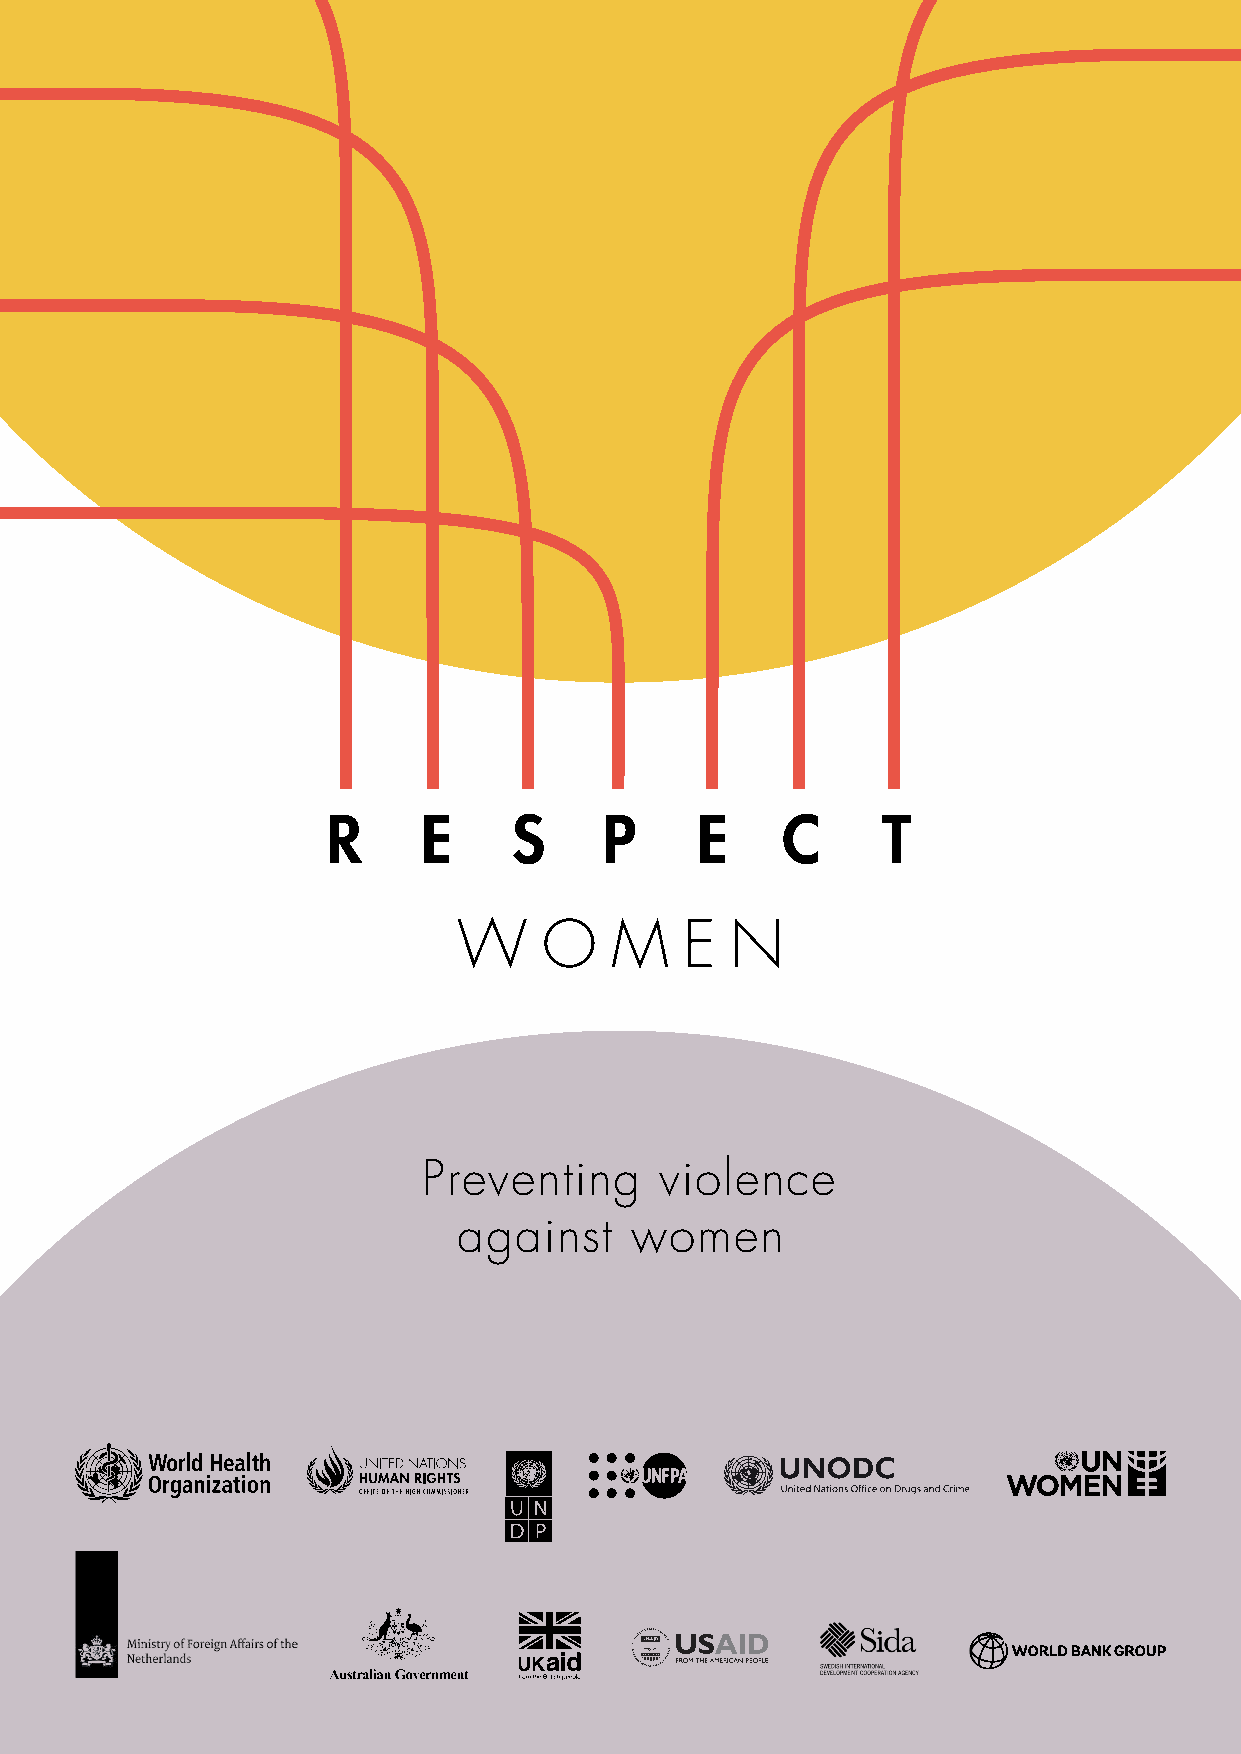
R     E     S     P     E     C     T
 W     O   M    E  N
 Preventing      violence
 against     women